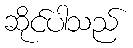
ဆိုင်ပါသည်